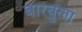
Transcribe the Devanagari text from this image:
बारबुला